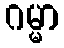
ဂမ္မာ